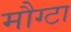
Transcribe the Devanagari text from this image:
मौग्टा